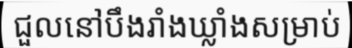
ជួលនៅបឹងរាំងឃ្លាំងសម្រាប់